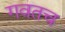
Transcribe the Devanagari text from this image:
गवतच